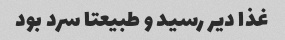
غذا دیر رسید و طبیعتا سرد بود